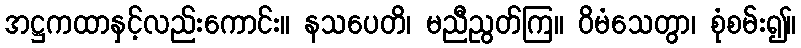
အဋ္ဌကထာနှင့်လည်းကောင်း။ နသပေတိ၊ မညီညွတ်ကြ။ ဝိမံသေတွာ၊ စုံစမ်း၍။